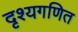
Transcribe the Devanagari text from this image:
दृश्यगणित